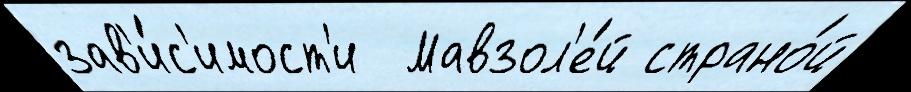
зав'и́с'имост'и  Мавзол'е́й страно́й